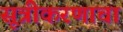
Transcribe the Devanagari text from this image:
सूत्रीकरणाचा